Annual report of the Punjab Veterinary College and of the Civil Veterinary Department, Punjab - 1926-1932
Year: 1926
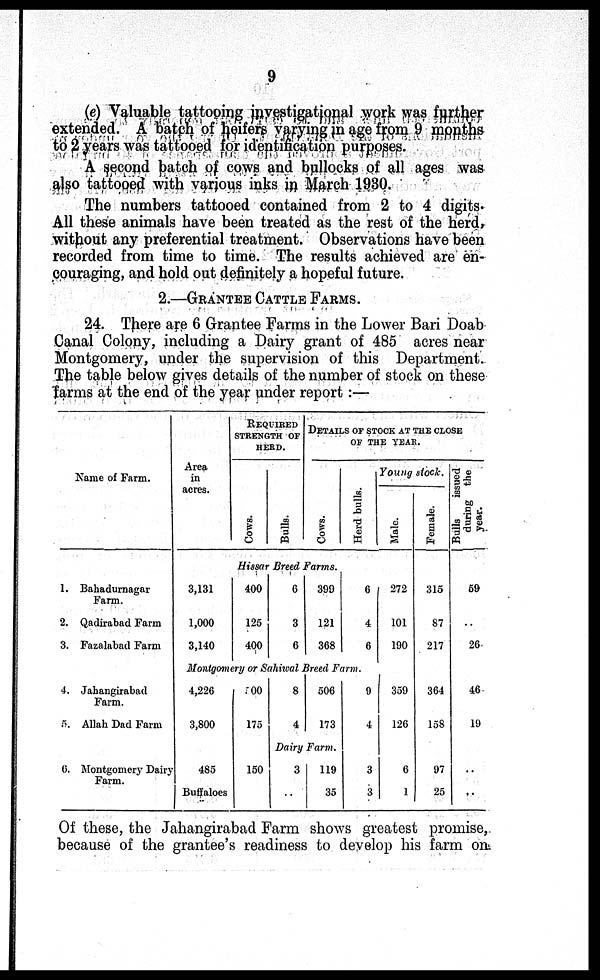
9
(e) Valuable tattooing investigational work was further
extended. A batch of heifers varying in age from 9 months
to 2 years was tattooed for identification purposes.
A second batch of cows and bullocks of all ages was
also tattooed with various inks in March 1930.
The numbers tattooed contained from 2 to 4 digits.
All these animals have been treated as the rest of the herd,
without any preferential treatment. Observations have been
recorded from time to time. The results achieved are en-
couraging, and hold out definitely a hopeful future.
2.—GRANTEE CATTLE FARMS.
24. There are 6 Grantee Farms in the Lower Bari Doab
Canal Colony, including a Dairy grant of 485 acres near
Montgomery, under the supervision of this Department.
The table below gives details of the number of stock on these
farms at the end of the year under report :—
Name of Farm.
1. Bahadurnagar
Farm.
2. Qadirabad Farm
3. Fazalabad Farm
4. Jahangirabad
Farm.
5. Allah Dad Farm
6. Montgomery Dairy
Farm.
Area
in
acres.
REQUIRED
STRENGTH OF
HERD.
Cows .
Bul l s.
DETAILS OF STOCK AT THE CLOSE
OF
THE
YEAR.
Cows .
Herd bul l s.
Young stock.
Male.
Hissar Breed Farms.
3,131
1,000
3,140
400
125
400
6
3
6
399
121
368
6
4
6
Montgomery or Sahiwal Breed Farm.
4,226
3,800
485
Buffaloes
100
175
150
8
4
506
173
Dairy Farm.
3
..
119
35
9
4
3
3
272
101
190
359
126
6
1
Female.
315
87
217
364
158
97
25
Bulls
issued
during the
year.
59
..
26
46
19
..
..
Of these, the Jahangirabad Farm shows greatest promise,
because of the grantee's readiness to develop his farm on